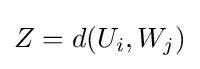
Z=d(U_{i},W_{j})